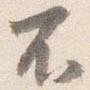
不